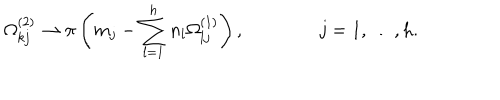
\Omega _ { k j } ^ { ( 2 ) } \to \pi \left( m _ { j } - \sum _ { l = 1 } ^ { h } n _ { l } \Omega _ { l j } ^ { ( 1 ) } \right) , \qquad \qquad j = 1 , \ldots , h .